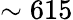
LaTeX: \sim 615